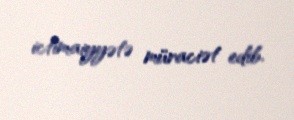
ictimaiyyətə müraciət edib.